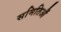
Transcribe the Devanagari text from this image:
समितिऔं